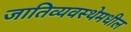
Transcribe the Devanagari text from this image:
जातिव्यवस्थेमधील